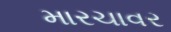
મારચાવર